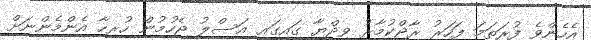
އެހެންވެ ފުރަތަމަ ފަހަރު ރާޖްކުމާރު ވިދްޔާ ގައިގައި އަސްލު ޖެހުމުން ހުރިހާ އެންމެންނަށް